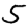
Digit: 5